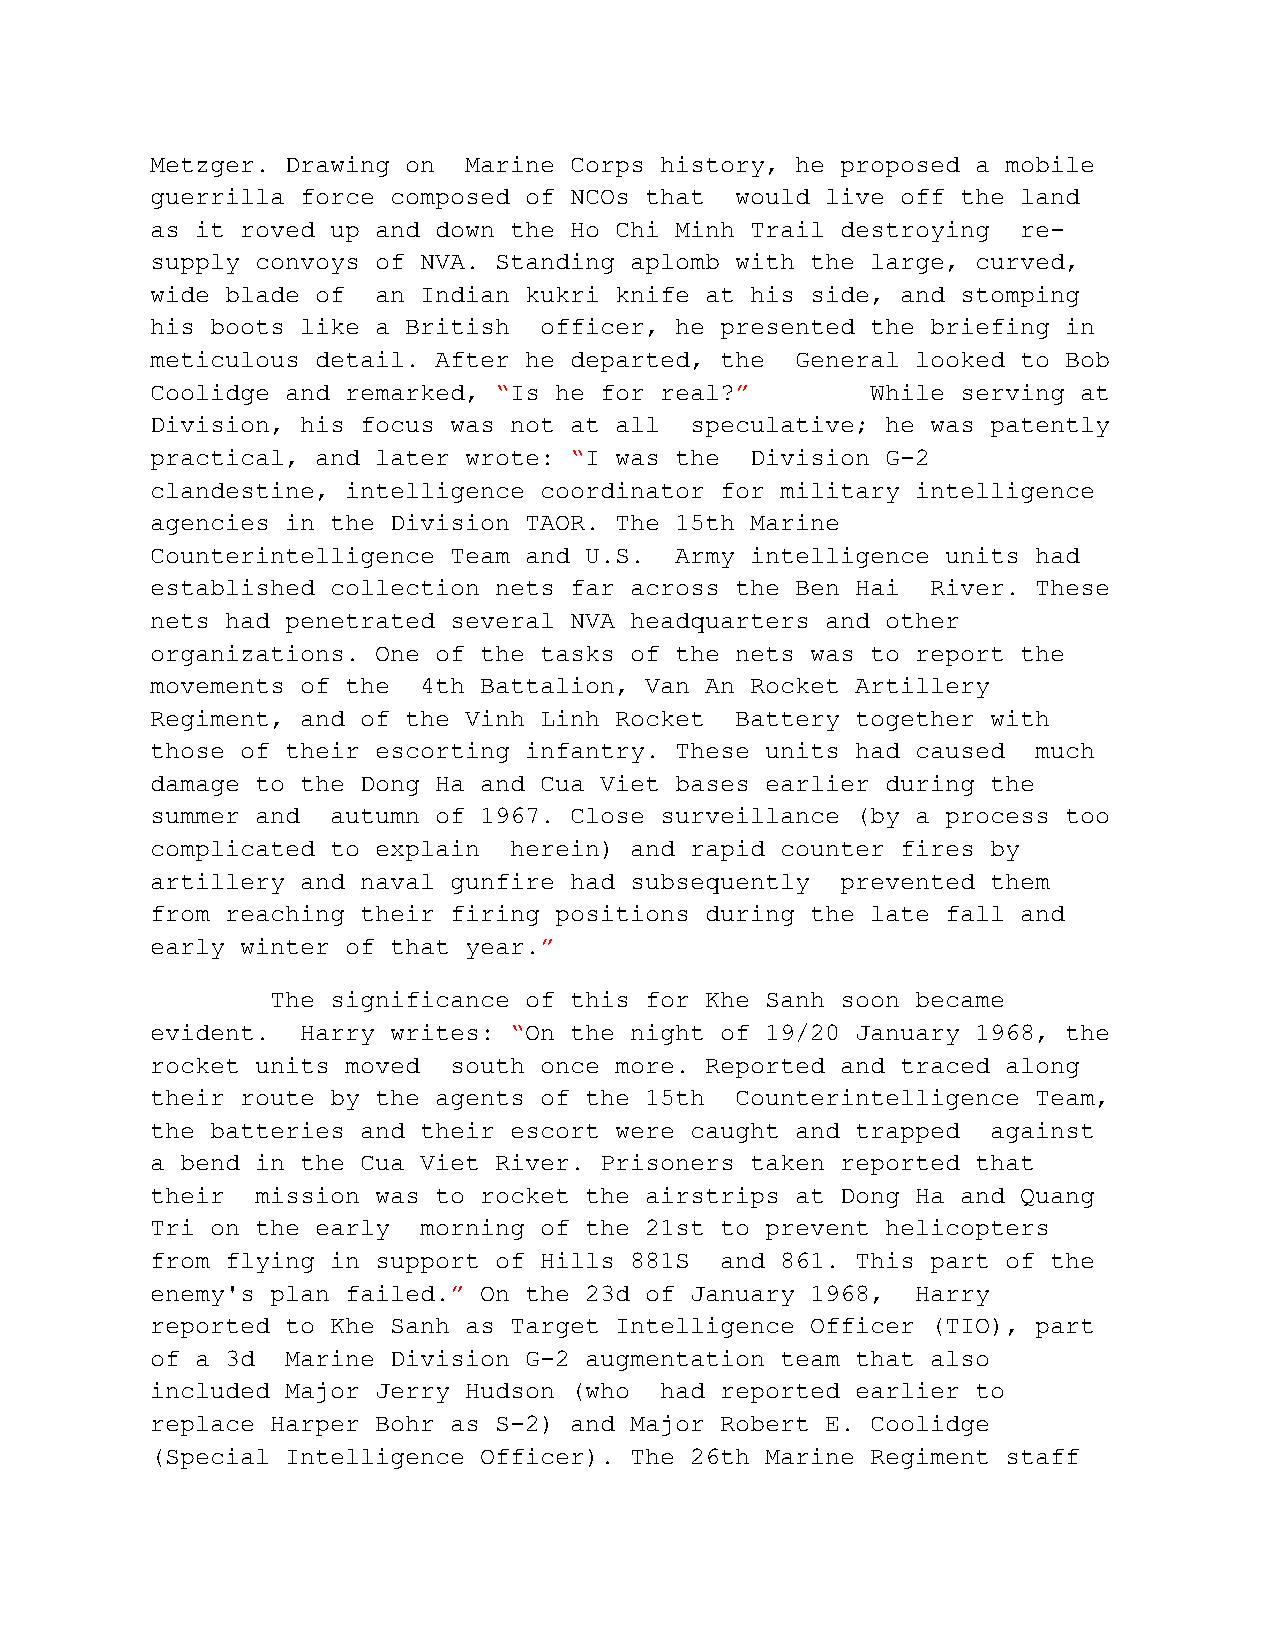
Metzger. Drawing on  Marine Corps history, he proposed a mobile
 guerrilla force composed of NCOs that  would live off the land
 as it roved up and down the Ho Chi Minh Trail destroying  re-
 supply convoys of NVA. Standing aplomb with the large, curved,
 wide blade of  an Indian kukri knife at his side, and stomping
 his boots like a British  officer, he presented the briefing in
 meticulous detail. After he departed, the  General looked to Bob
 Coolidge and remarked, “Is he for real?”        While serving at
 Division, his focus was not at all  speculative; he was patently
 practical, and later wrote: “I was the  Division G-2
 clandestine, intelligence coordinator for military intelligence
 agencies in the Division TAOR. The 15th Marine
 Counterintelligence Team and U.S.  Army intelligence units had
 established collection nets far across the Ben Hai  River. These
 nets had penetrated several NVA headquarters and other
 organizations. One of the tasks of the nets was to report the
 movements of the  4th Battalion, Van An Rocket Artillery
 Regiment, and of the Vinh Linh Rocket  Battery together with
 those of their escorting infantry. These units had caused  much
 damage to the Dong Ha and Cua Viet bases earlier during the
 summer and  autumn of 1967. Close surveillance (by a process too
 complicated to explain  herein) and rapid counter fires by
 artillery and naval gunfire had subsequently  prevented them
 from reaching their firing positions during the late fall and
 early winter of that year.”
 The significance of this for Khe Sanh soon became
 evident.  Harry writes: “On the night of 19/20 January 1968, the
 rocket units moved  south once more. Reported and traced along
 their route by the agents of the 15th  Counterintelligence Team,
 the batteries and their escort were caught and trapped  against
 a bend in the Cua Viet River. Prisoners taken reported that
 their  mission was to rocket the airstrips at Dong Ha and Quang
 Tri on the early  morning of the 21st to prevent helicopters
 from flying in support of Hills 881S  and 861. This part of the
 enemy's plan failed.” On the 23d of January 1968,  Harry
 reported to Khe Sanh as Target Intelligence Officer (TIO), part
 of a 3d  Marine Division G-2 augmentation team that also
 included Major Jerry Hudson (who  had reported earlier to
 replace Harper Bohr as S-2) and Major Robert E. Coolidge
 (Special Intelligence Officer). The 26th Marine Regiment staff